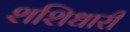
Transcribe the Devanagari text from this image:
शशिधारी